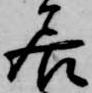
居